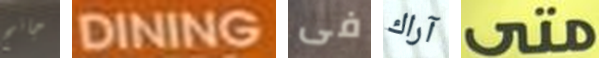
جانج DINING فى آراك متى